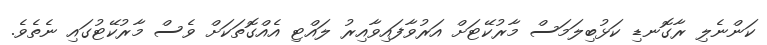
ކަންނެލި ރާގޮނޑި ކަޅުބިލަމަސް މާރުކޭޓަށް އަރުވާފައިވާއިރު ލައްޓި އެއްގޮތަކަށް ވެސް މާރުކޭޓުގައި ނެތެވެ.